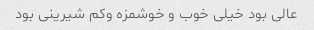
عالی بود خیلی خوب و خوشمزه وکم شیرینی بود